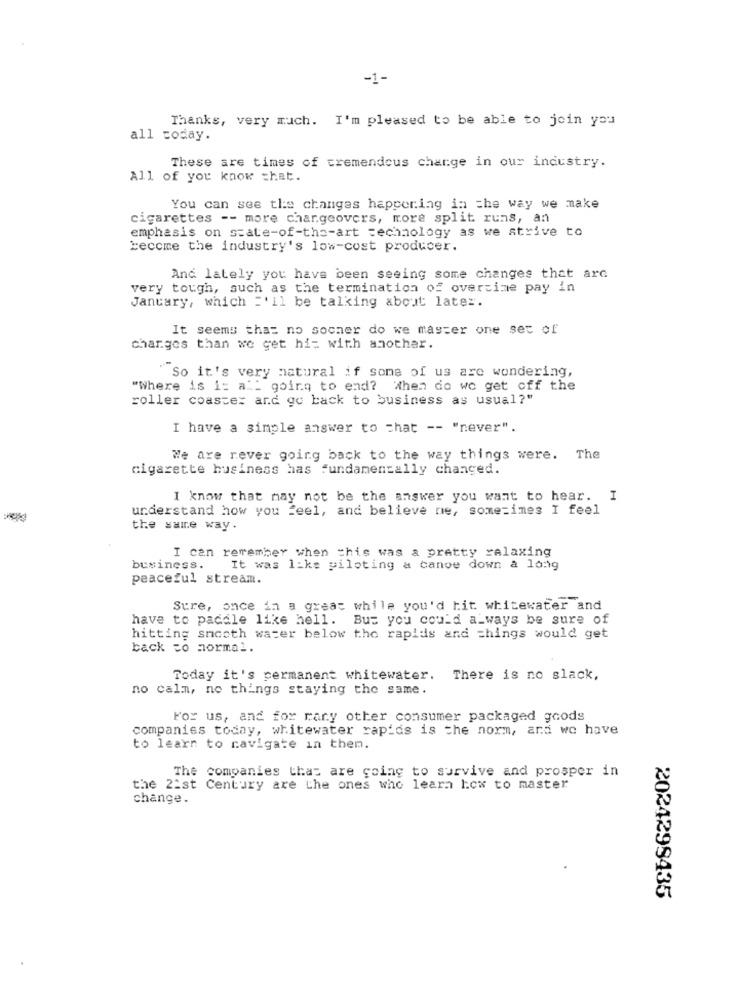
-1-
Thanks, very much. I'm pleased to be able to join you
all today.
These are times of tremendous change in our industry.
All of you know that.
You can see the changes happening in the way we make
cigarettes -- more chargeovers, more split runs, an
emphasis on state-of-the-art technology as we strive to
become the industry's low-cost producer.
And lately you have been seeing some changes that arc
very tough, such as the termination of overtime pay in
January, which ='il be talking about later.
It seems that no sooner do we master one set of
changes than we get hi; with another.
"So it's very natural if some of us are wondering,
"Where is i: all going to end? When do we get off the
roller coaster and go back to business as usual?"
I have a simple answer to chat -- "never".
We are never going back to the way things were. The
cigarette business has fundamentally changed.
I know that may not be the answer you want to hear. I
understand how you feel, and believe ne, sometimes I feel
the same way.
I can remember when this was a pretty relaxing
business.
It was like piloting a canoe down a long
peaceful stream.
Sure, once in a great while you'd hit whitewater and
have to paddle like hell. But you could always be sure of
hitting smooth water below the rapids and things would get
back to normal.
Today it's permanent whitewater. There is no slack,
no calm, ne things staying the same.
For us, and for many other consumer packaged goods
companies today, whitewater rapids is the norm, and we have
to learn to navigate in them.
The companies that are going to survive and prosper in
the 21st Century are the ones who learn how to master
change.
2024299435